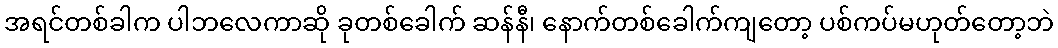
အရင်တစ်ခါက ပါဘလေကာဆို ခုတစ်ခေါက် ဆန်နီ၊ နောက်တစ်ခေါက်ကျတော့ ပစ်ကပ်မဟုတ်တော့ဘဲ